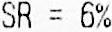
SR = 6%